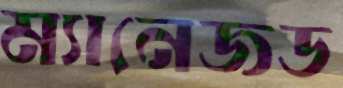
ম্যানেজড